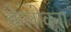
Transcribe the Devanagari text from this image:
केलोवना